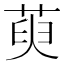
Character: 萸